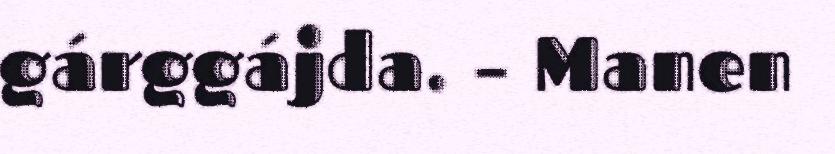
gárggájda. – Manen